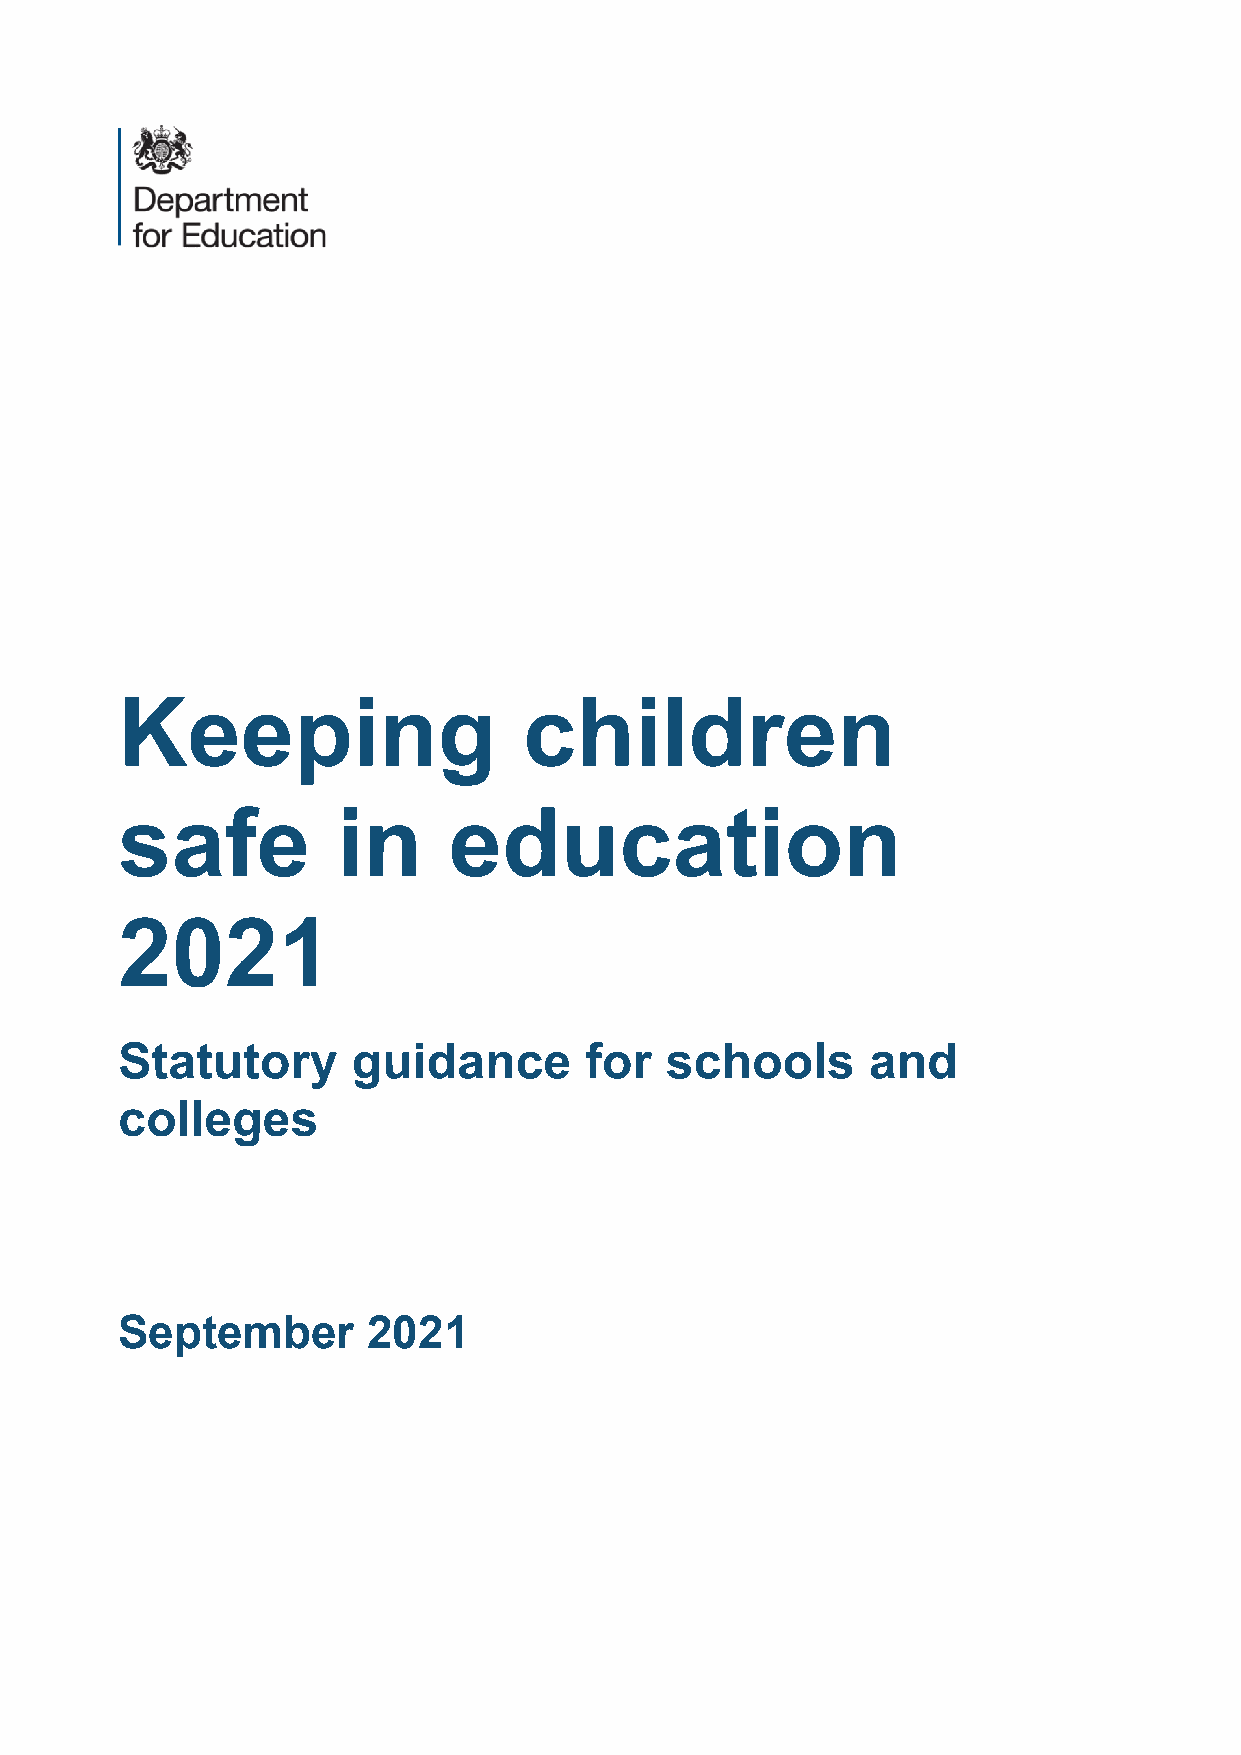
Keeping                    children
 safe          in      education
 2021
 Statutory      guidance        for  schools      and
 colleges
 September       2021